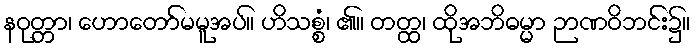
နဝုတ္တာ၊ ဟောတော်မမူအပ်။ ဟိသစ္စံ၊ ၏။ တတ္ထ၊ ထိုအဘိဓမ္မာ ဉာဏဝိဘင်း၌။